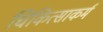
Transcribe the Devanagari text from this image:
चिकित्साकर्म